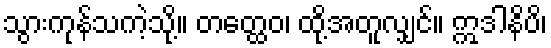
သွားကုန်သကဲ့သို့။ တတ္ထေဝ၊ ထို့အတူလျှင်။ ဣဒါနိပိ၊